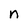
Character: n